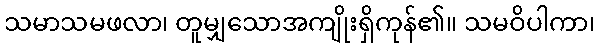
သမာသမဖလာ၊ တူမျှသောအကျိုးရှိကုန်၏။ သမဝိပါကာ၊